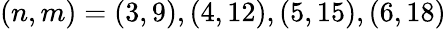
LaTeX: \left(n,m\right)=\left(3,9\right),\left(4,12\right),\left(5,15\right),\left(6,18\right)